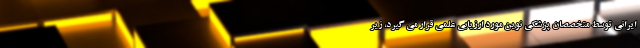
ایرانی توسط متخصصان پزشکی نوین مورد ارزیابی علمی قرار می گیرد، زیر